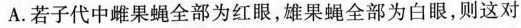
A.若子代中雌果蝇全部为红眼，雄果蝇全部为白眼，则这对